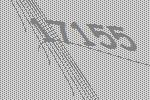
17155